Vaccine operations Central Provinces 1900-1911 - 1900-1911
Year: 1900
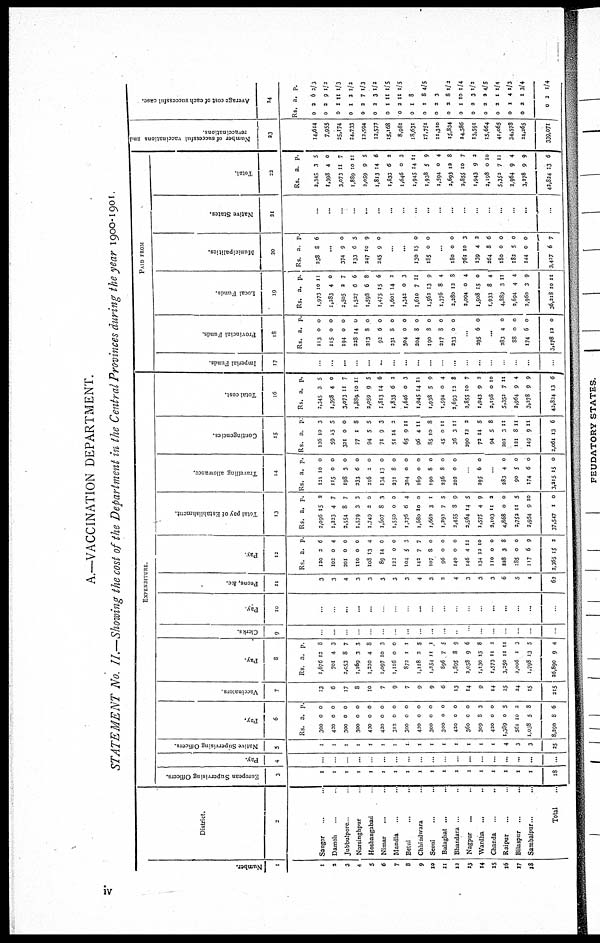
A.—VACCINATION DEPARTMENT.
STATEMENT No. II.—Showing the cost of the Department in the Central Provinces during the year 1900-1901.
Number.
1
1
3
3
4
5
6
7
8
9
10
11
12
13
14
15
16
17
l8
District.
2
Saugor.. ..
Damoh... .
Jubbulpore ...
Narsinghpur ...
Hoshangabad ...
Nimar ...
Mandla. .
Betul... .
Chhindwara ...
Seoni.. ..
Balaghat... .
Bhandara
Nagpur... .
Wardha... ...
Chanda. ..
Raipur...
Bilaspur.. ..
Sambalpur... ..
Total...
EXPENDITURE
European Supervising Officers.
3
1
1
1
1
1
1
1
1
1
1
1
1
1
1
1
1
1
1
18
Pay.
4
..
...
...
...
...
.
.
...
.
...
...
..
...
..
Native Supervising Officers.
5
1
1
1
1
1
1
1
1
1
1
1
1
1
1
1
4
3
3
25
Pay.
6
Rs.
300
420
300
300
420
420
313
300
420
300
300
420
360
309
420
1,389
56l
1,038
8,290
a.
0
0
0
0
0
0
0
0
0
0
0
0
0
8
0
0
10
5
8
p.
0
0
0
0
0
0
0
0
0
0
0
0
0
3
0
5
2
8
6
Vaccinators.
7
13
6
17
8
10
7
9
7
9
9
6
13
14
9
14
25
24
15
215
Pay
8
Rs.
1,676
701
2,053
1,169
1,220
1,097
1,116
872
1,118
1,354
896
1,895
3,058
1,130
1,573
3,350
2,006
1,798
26,890
a.
12
4
8
3
4
10
0
1
3
11
7
8
9
15
11
11
1
13
9
p
8
3
7
3
8
3
0
1
5
1
5
9
6
8
2
11
3
5
4
Clerks.
9
.
..
.
.
Pay
10
...
...
...
...
...
...
...
...
...
...
...
...
...
...
...
...
...
...
Peons, &c.
11
3
3
4
3
3
3
3
3
4
3
2
4
3
3
3
6
5
4
63
Pay
12
Rs.
120
102
201
110
108
89
122
104
142
107
96
140
146
134
110
228
185
117
3,365
a.
2
0
0
0
13
14
0
5
7
8
0
0
4
12
0
3
0
6
15
p.
6
4
0
0
4
0
0
3
7
0
0
0
11
10
0
8
0
9
2
Total pay of Establishment
13
Rs.
2,096
1,223
2,554
1,579
1,749
1,607
1,550
1,276
1,680
1,663
1,292
2,455
3,564
1,575
3,103
4,868
3,752
3,954
37,547
a.
15
4
8
3
2
8
0
6
10
3
7
8
14
4
11
0
11
9
1
p.
2
7
7
3
0
3
0
4
0
1
5
9
5
9
2
0
5
10
0
Travelling allowance
14
Rs.
121
115
198
233
216
134
231
304
169
190
256
202
a.
10
0
3
6
2
13
8
0
0
8
8
0
p.
0
0
0
0
0
0
0
0
0
0
0
0
...
295 6 0
...
283
90
174
3,215
4
5
6
15
0
0
0
0
Contingencies
15
Rs.
126
59
321
77
94
71
51
65
96
85
45
36
290
73
94
201
121
149
2,06l
a
10
15
0
1
5
9
14
9
4
10
0
3
12
14
5
3
8
9
13
p
3
5
0
8
5
3
3
11
11
8
11
11
3
5
8
11
11
11
6
Total cost.
16
Rs.
2,345
1,398
3,073
1,889
2,059
1,813
1,833
1,646
1,945
1,938
1,594
2,693
3,855
1,943
2,198
5,352
2,964
3,278
43,824
a.
3
4
11
10
9
14
6
0
14
5
0
13
10
9
0
7
9
9
13
p.
5
0
7
11
5
6
2
3
11
9
4
8
7
2
10
11
4
9
6
PAID FROM
Imperial Funds
17
...
...
...
...
...
...
...
.
..
...
...
..
...
.
.
...
..
...
Provincial Funds
18
Rs.
113
115
194
228
213
92
331
304
204
190
217
233
a.
0
0
0
14
8
6
8
0
8
8
8
0
p.
0
0
0
0
0
0
0
0
0
0
0
0
..
295 6 0
...
283
88
174
3,178
4
0
6
13
0
0
0
0
Local Funds.
19
Rs.
1,973
1,283
2,505
1,527
1,598
1,475
1,601
1,343
1,610
1,562
1,376
2,280
2,094
l,508
1,933
4,889
2,694
2,960
36,218
a.
10
4
2
6
6
15
14
0
7
13
8
13
0
15
8
3
4
3
10
p.
11
0
7
6
8
6
2
3
11
9
4
8
4
0
4
11
4
9
11
Municipalities.
20
Rs.
258
a.
8
p.
6
...
374
133
247
245
9
6
10
9
0
5
9
0
..
...
130
185
15
0
0
0
..
180
761
139
264
180
182
144
3,427
0
10
4
8
0
5
0
6
0
3
3
6
0
0
0
7
Native States.
21
...
...
...
...
...
..
..
.
...
...
...
..
..
..
...
...
...
Total.
22
Rs.
2,345
1,398
3,073
1,889
2,059
1,813
1,833
1,646
1,945
1,938
1,594
2,693
3,855
1,943
2,198
5,352
2,964
3,278
43,824
a
3
4
11
10
9
14
6
0
14
5
0
12
10
9
0
7
9
9
13
p.
5
0
7
11
5
6
2
3
11
9
4
8
7
2
10
11
4
9
6
Number of successful vaccinations and
revaccinations
23
14,614
7,955
25,174
24,733
12,594
12,577
15,168
8,981
18,631
17,751
11,310
15,834
24,586
13,591
15,664
4,065
34,578
24,265
339,071
Average cost of each successful case.
24
Rs.
0
0
0
0
0
0
0
0
0
0
0
0
0
0
0
0
0
0
a.
2
2
1
1
2
2
1
2
1
1
3
2
1
2
2
2
1
2
0
p.
62 2/3
9 1/2
11 1/3
2 l/2
7 1/3
3 1/2
11 1/5
11 1/5
8
8 4/S
3
8 1/2
10 1/4
3 1/2
2 4/5
1 1/4
4 1/3
1 3/4
3 1/4
iv